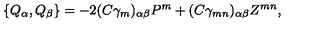
\{ Q _ { \alpha } , Q _ { \beta } \} = - 2 ( C \gamma _ { m } ) _ { \alpha \beta } P ^ { m } + ( C \gamma _ { m n } ) _ { \alpha \beta } Z ^ { m n } ,